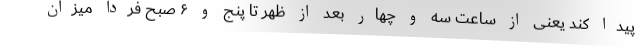
پیدا کند یعنی از ساعت سه و چهار بعد از ظهر تا پنج و ۶ صبح فردا میزان